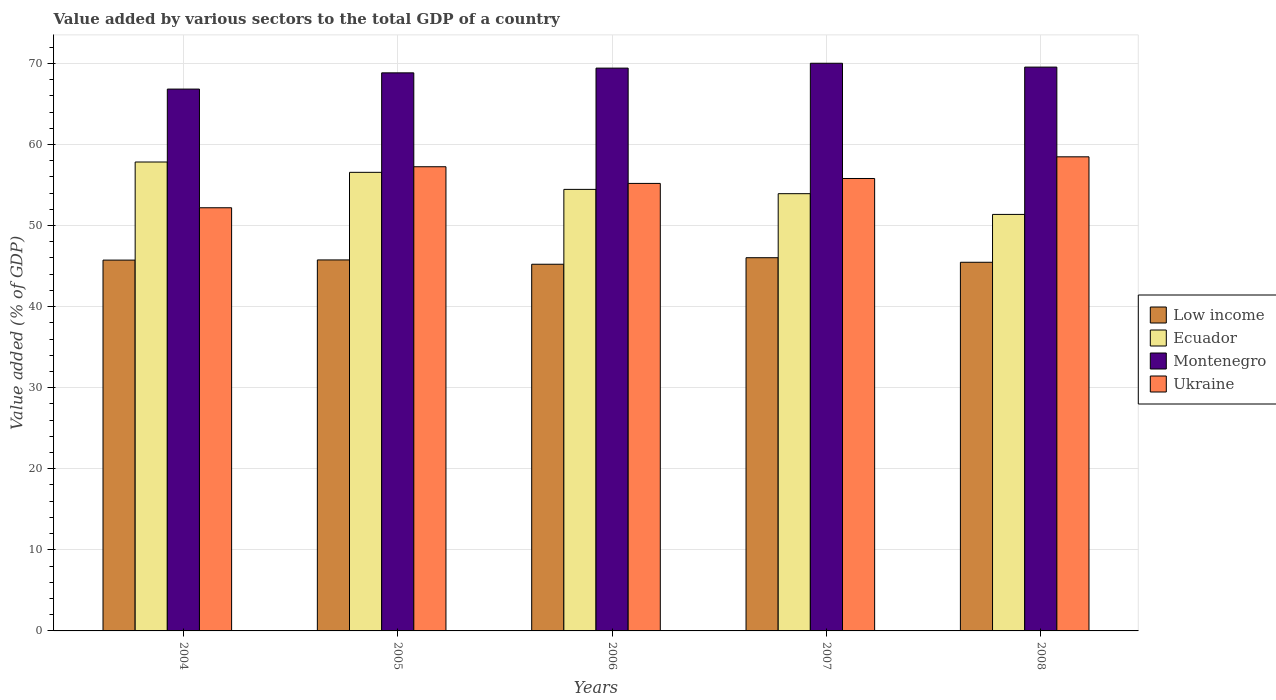
| Years | Low income | Ecuador | Montenegro | Ukraine |
 | --- | --- | --- | --- | --- |
 | 2004 | 45.7 | 57.8 | 66.8 | 52.2 |
 | 2005 | 45.8 | 56.6 | 68.8 | 57.3 |
 | 2006 | 45.2 | 54.5 | 69.4 | 55.2 |
 | 2007 | 46 | 53.9 | 70 | 55.8 |
 | 2008 | 45.5 | 51.4 | 69.5 | 58.5 |